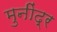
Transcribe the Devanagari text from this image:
मुनींद्र